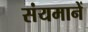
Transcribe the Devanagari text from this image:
संयमानें